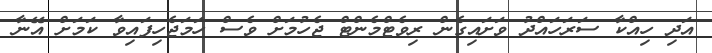
އަދި ހިއްކާ ސަރަހައްދު ވަށައިގެން ރިވެޓްމެންޓް ޖެހުމަށް ވެސް ހަމަޖެހިފައިވާ ކަމަށް އޭނާ